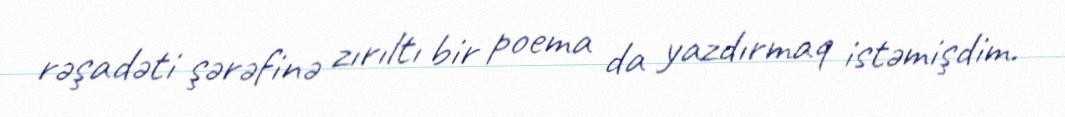
rəşadəti şərəfinə zırıltı bir poema da yazdırmaq istəmişdim.